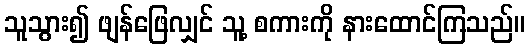
သူသွား၍ ဖျန်ဖြေလျှင် သူ့ စကားကို နားထောင်ကြသည်။